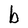
Character: b